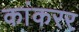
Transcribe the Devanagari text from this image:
कांकरर